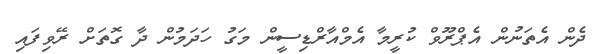
ދެން އެތަނުން އެޕްރޫވް ކުރީމާ އެމްއާރްޑިސީން މަގު ހަދަމުން ދާ ގޮތަށް ރޭވިފައި